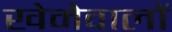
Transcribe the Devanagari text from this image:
खेमेवालों